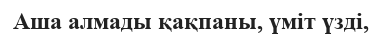
Аша алмады қақпаны, үміт үзді,